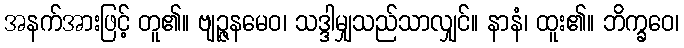
အနက်အားဖြင့် တူ၏။ ဗျဉ္ဇနမေဝ၊ သဒ္ဒါမျှသည်သာလျှင်။ နာနံ၊ ထူး၏။ ဘိက္ခဝေ၊